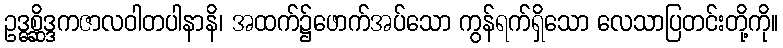
ဥဒ္ဓစ္ဆိဒ္ဒကဇာလဝါတပါနာနိ၊ အထက်၌ဖောက်အပ်သော ကွန်ရက်ရှိသော လေသာပြတင်းတို့ကို။